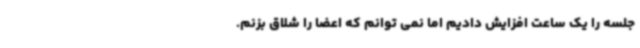
جلسه را یک ساعت افزایش دادیم اما نمی توانم که اعضا را شلاق بزنم.